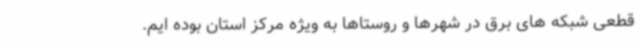
قطعی شبکه های برق در شهرها و روستاها به ویژه مرکز استان بوده ایم.